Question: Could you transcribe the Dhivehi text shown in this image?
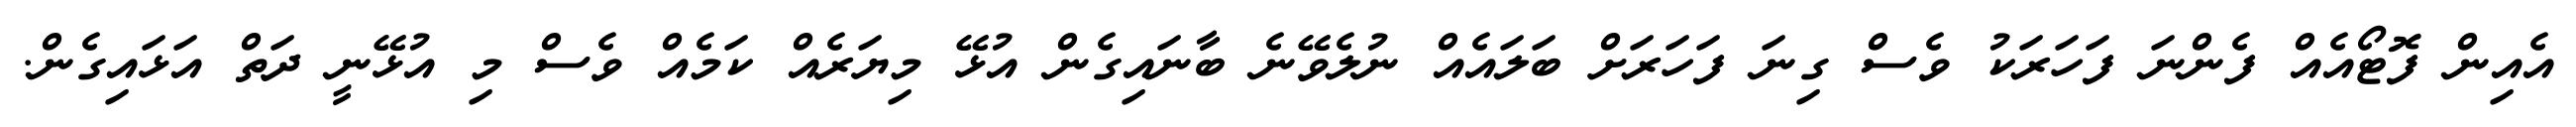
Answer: އެއިން ފޮޓޯއެއް ފެންނަ ފަހަރަކު ވެސް ގިނަ ފަހަރަށް ބަލައެއް ނުލެވޭނެ ބާނައިގެން އުޅޭ މިޔަރެއް ކަމެއް ވެސް މި އުޅޭނީ ދަތް އަޅައިގެން.